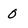
Character: 0